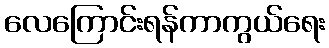
လေကြောင်းရန်ကာကွယ်ရေး